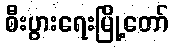
စီးပွားရေးမြို့တော်